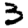
Digit: 3